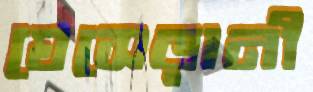
ঘেসেড়ানী